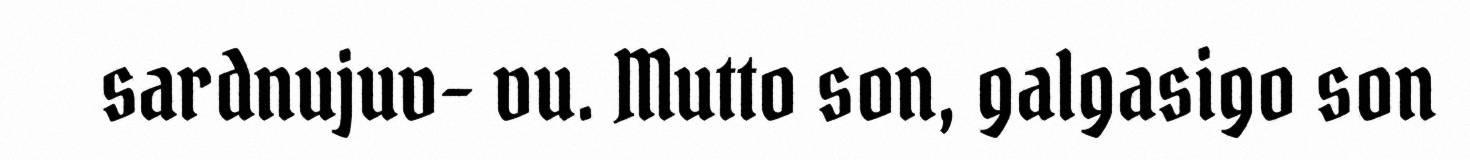
sardnujuv- vu. Mutto son, galgasigo son